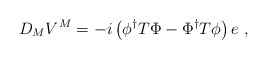
\begin{align*}D_MV^M= -i \left(\phi^{\dagger}T\Phi -\Phi^{\dagger}T\phi\right)e~,\end{align*}